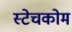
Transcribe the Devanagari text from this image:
स्टेचकोम